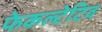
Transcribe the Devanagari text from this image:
फेकल्टेटिव